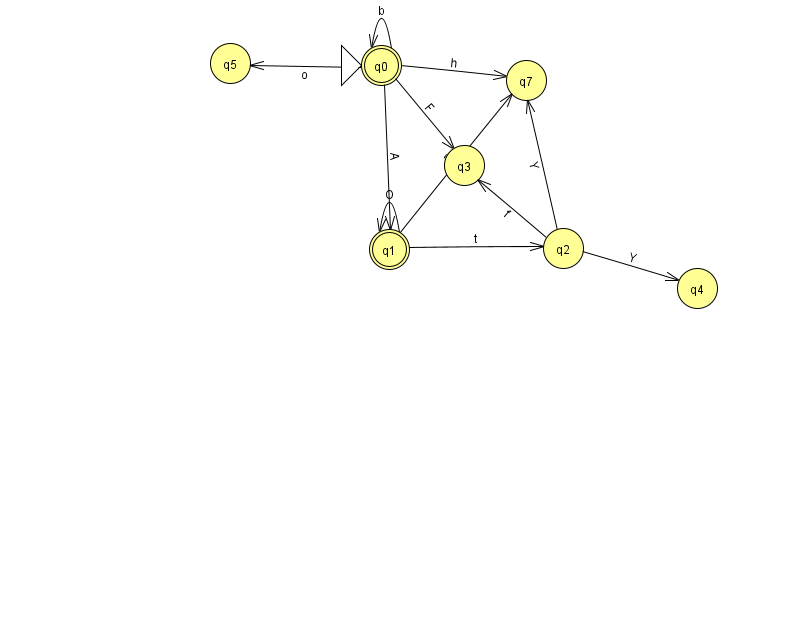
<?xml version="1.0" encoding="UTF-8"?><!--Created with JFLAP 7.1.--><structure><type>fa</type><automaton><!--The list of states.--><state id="0" name="q0"><x>381.0</x><y>52.0</y><initial/><final/></state><state id="1" name="q1"><x>389.0</x><y>236.0</y><final/></state><state id="2" name="q2"><x>563.0</x><y>235.0</y></state><state id="3" name="q3"><x>464.0</x><y>152.0</y></state><state id="4" name="q4"><x>697.0</x><y>275.0</y></state><state id="5" name="q5"><x>230.0</x><y>50.0</y></state><state id="7" name="q7"><x>526.0</x><y>67.0</y></state><!--The list of transitions.--><transition><from>0</from><to>0</to><read>b</read></transition><transition><from>0</from><to>1</to><read>A</read></transition><transition><from>2</from><to>7</to><read>Y</read></transition><transition><from>1</from><to>2</to><read>t</read></transition><transition><from>0</from><to>7</to><read>h</read></transition><transition><from>2</from><to>4</to><read>Y</read></transition><transition><from>2</from><to>3</to><read>f</read></transition><transition><from>0</from><to>3</to><read>F</read></transition><transition><from>1</from><to>7</to><read>B</read></transition><transition><from>0</from><to>5</to><read>o</read></transition><transition><from>1</from><to>1</to><read>O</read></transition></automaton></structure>